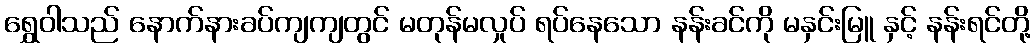
ရွှေဝါသည် နောက်နားခပ်ကျကျတွင် မတုန်မလှုပ် ရပ်နေသော နန်းခင်ကို မနှင်းမြူ နှင့် နန်းရင်တို့